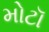
મોટૉ